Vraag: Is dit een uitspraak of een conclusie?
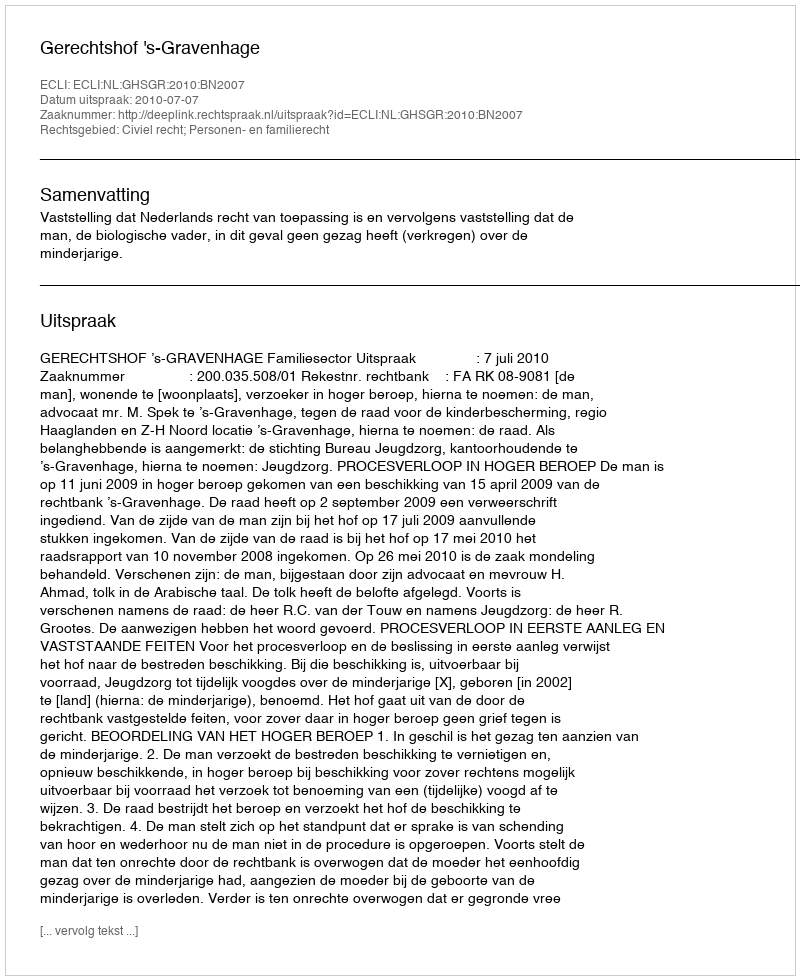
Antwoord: Uitspraak